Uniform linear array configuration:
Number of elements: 8
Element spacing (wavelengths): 0.75
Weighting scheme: kaiser
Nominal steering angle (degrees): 0
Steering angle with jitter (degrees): -0.01276
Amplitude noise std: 0.05
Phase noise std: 0.05

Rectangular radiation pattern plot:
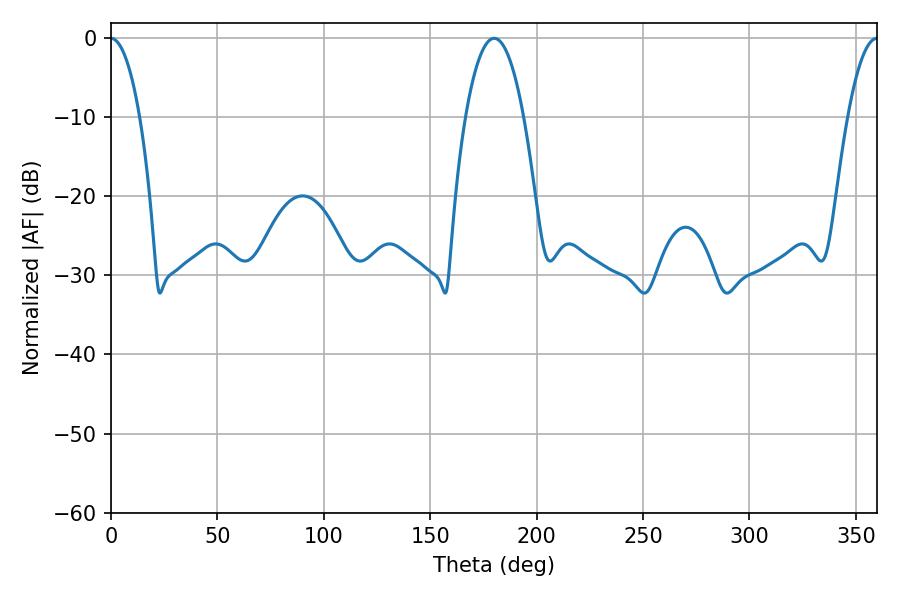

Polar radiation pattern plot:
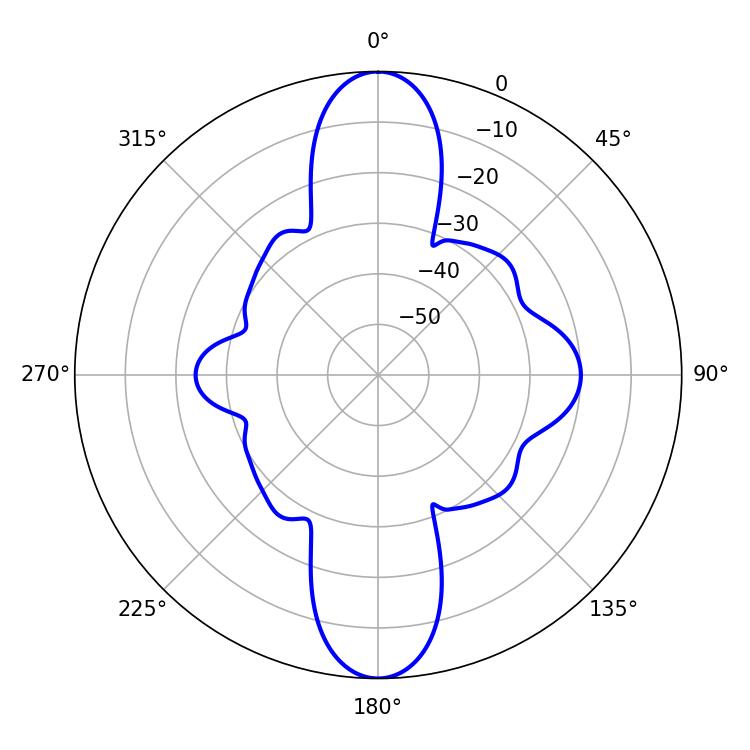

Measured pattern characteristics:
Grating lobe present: TRUE
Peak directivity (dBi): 30.623
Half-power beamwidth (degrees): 7.56
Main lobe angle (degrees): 0